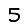
Digit: 5